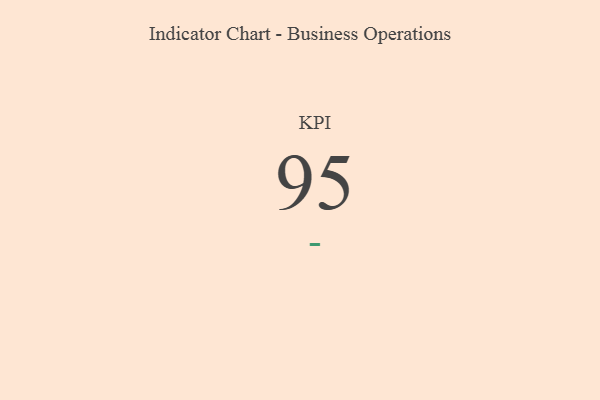
{"axis": {"x": "KPI", "y": "Value"}, "legend": [""], "data": [{"x": "KPI", "y": 95, "type": ""}]}